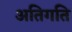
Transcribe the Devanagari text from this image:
अतिगति